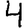
Digit: 4